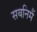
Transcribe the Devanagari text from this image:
सबनिमैं